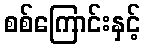
စစ်ကြောင်းနှင့်